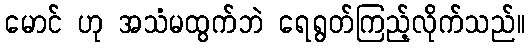
မောင် ဟု အသံမထွက်ဘဲ ရေရွတ်ကြည့်လိုက်သည်။